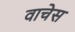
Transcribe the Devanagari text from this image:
वाचेस